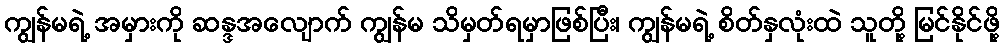
ကျွန်မရဲ့ အမှားကို ဆန္ဒအလျောက် ကျွန်မ သိမှတ်ရမှာဖြစ်ပြီး၊ ကျွန်မရဲ့ စိတ်နှလုံးထဲ သူတို့ မြင်နိုင်ဖို့